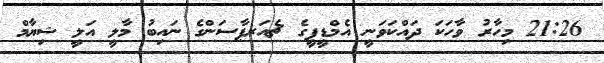
21:26 މިހާރު ވާހަކަ ދައްކަވަނީ އެމްޑީޕީގެ ޗެއަރޕާސަންގެ ނައިބު މާލީ އަލީ ޝިޔާމް